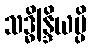
သဒ္ဓိန္ဒြိယမ္ပိ